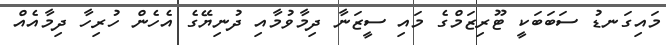
މައިގަނޑު ސަބަބަކީ ޓޫރިޒަމްގެ މައި ސީޒަނާ ދިމާވުމާއި ދުނިޔޭގެ އެހެން ހުރިހާ ދިމާއެއް